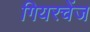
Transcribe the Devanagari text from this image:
गियरचेंज